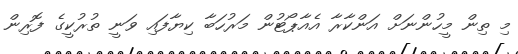
މި ތިން މީހުންނަށް އަންކާރާ އެއާޕޯޓުން މަރުހަބާ ކިޔާފައި ވަނީ ތުރުކީގެ ފޮރިން